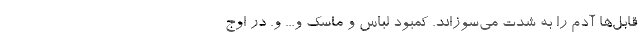
قابل‌ها آدم را به شدت می‌سوزاند. کمبود لباس و ماسک و... و. در اوج